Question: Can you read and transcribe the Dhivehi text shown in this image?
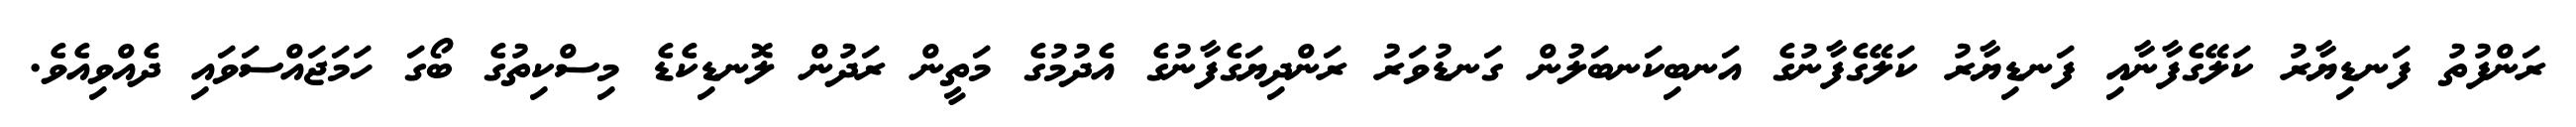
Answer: ރަންފުތު ފަނޑިޔާރު ކަލޭގެފާނާއި ފަނޑިޔާރު ކަލޭގެފާނުގެ އަނބިކަނބަލުން ގަނޑުވަރު ރަންދިޔަގެފާނުގެ އެދުމުގެ މަތީން ރަދުން ލޮނޑިކެޑެ މިސްކިތުގެ ބޯގަ ހަމަޖައްސަވައި ދެއްވިއެވެ.